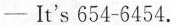
—It's 654-6454.